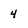
Character: 4